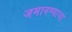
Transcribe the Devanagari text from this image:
जमावण्याचा